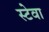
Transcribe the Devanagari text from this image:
स्टेवा